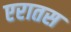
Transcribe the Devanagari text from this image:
एरातस